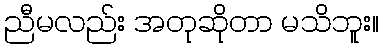
ညီမလည်း အတုဆိုတာ မသိဘူး။